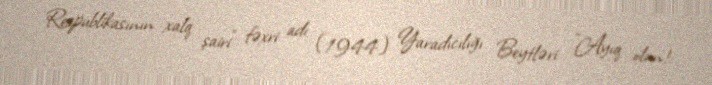
Respublikasının xalq şairi" fəxri adı (1944) Yaradıcılığı Beytləri: "Ayıq olun!.